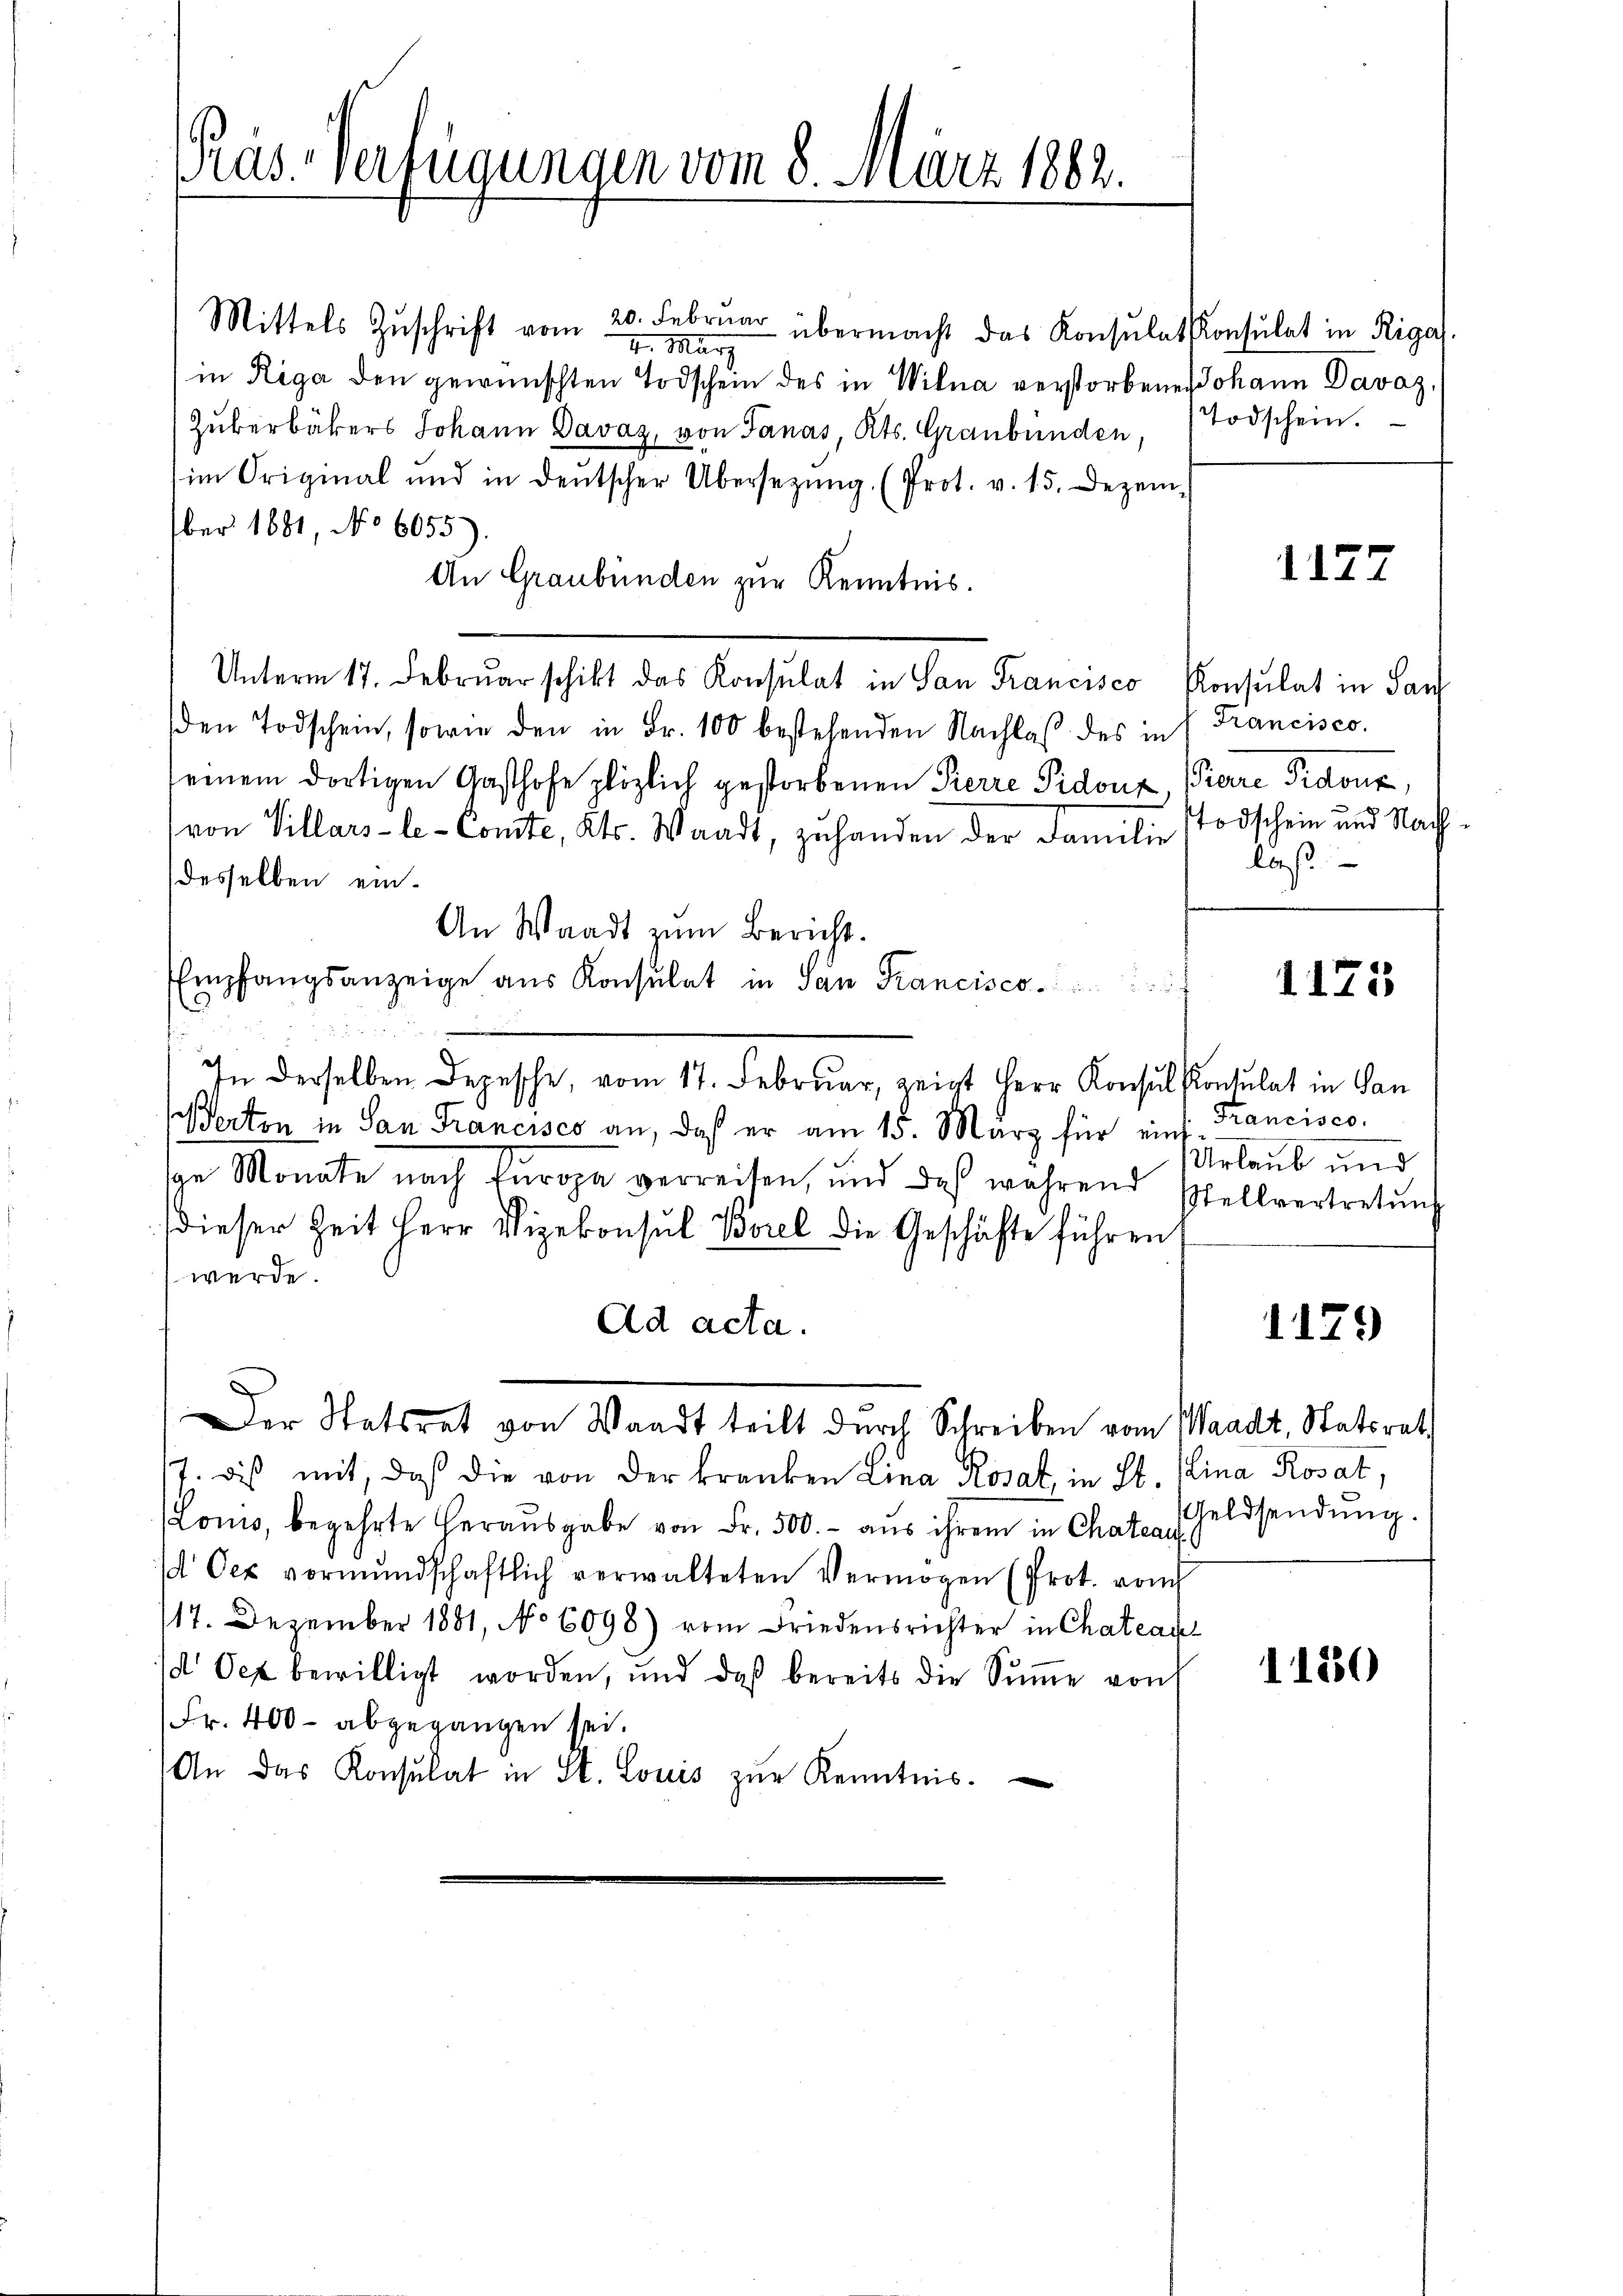
Päs-Verfügungen vom 8. März 1882.

Mittels Zŭschrift vom 20. Februar übermacht das Konsulat Konsulat in Riga
4. März
in Riga den gewünschten Todschein des in Wilna verstorbenen Johann Davaz,
Zukerbäckers Johann Davaz, von Sanas, Kts. Graubünden, Todschein.
im Original und in deutscher Übersetzŭng (Prot. v. 15. Dezem-
ber 1681, No 6055)
An Graubünden zur Kenntnis.
Unterm 17. Februar schikt das Konsulat in San Francisco Konsulat in San
den Todschein, sowie den in Fr. 100 bestehenden Nachlaβ des in Francisco
seinem dortigen Gasthofe plötzlich gestorbenen Pierre Pidouz, Pare Pidone,
von Villars-le- Comte, Kts. Waadt, zŭ handen der Familie Todschein und Nach-
desselben ein¬
An Waadt zŭm Bericht.
Empfangsanzeige aus Konsulat in San Francisco
In derselben Depesche, vom 17. Februar, zeigt Herr Konsul Kotulat in Gan
Perton in San Francisco an, daß er am 15. März für einsige Monate nach Europa verreisen, und daß während Stellvertretŭng
dieser Zeit Herr Vizekonsul Borel die Geschäfte führen
werde.
Ad acta.
Der Statsrat von Waadt teilt durch Schreiben vom Waadt, Statsrath
17. dis mit, daß die von der kranken Lina Rosal, in St. Lina Rosat,
Lonis, begehrte Heraŭsgabe von Fr. 500.- aus ihrem in Chateau
d Oer vormŭndschaftlich verwalteten Vermögen (Prot. vom
117. Dezember 1881, No 6098) vom Friedensrichter in Chateaul
d Oct bewilligt worden, und daß bereits die Sŭṁe von
Fr. 400 - abgegangen sei.
An das Konsulat in St. Louis zŭr Kenntnis.

1177

laß.

1175

Francisco
Urlaub und

1179

Geldsendung.

1180